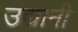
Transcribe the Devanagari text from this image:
उद्यानी